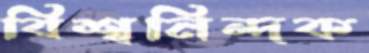
বিশ্বনিন্দক